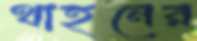
থাহনের